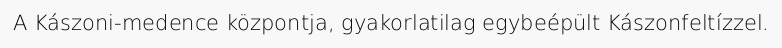
A Kászoni-medence központja, gyakorlatilag egybeépült Kászonfeltízzel.